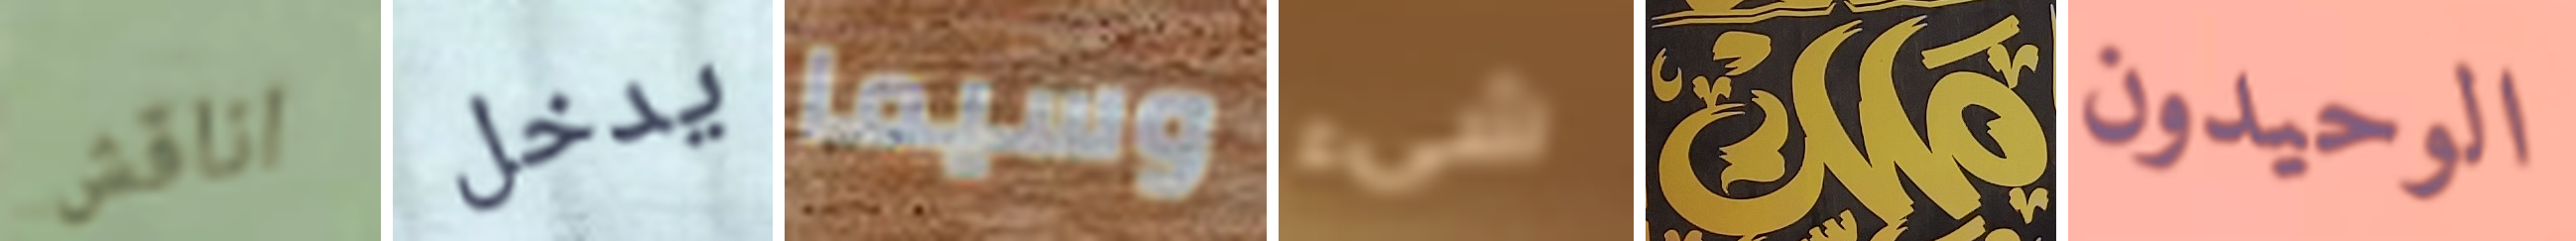
اناقش يدخل وسيما شيء ملك الوحيدون